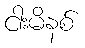
ငါးမိနစ်